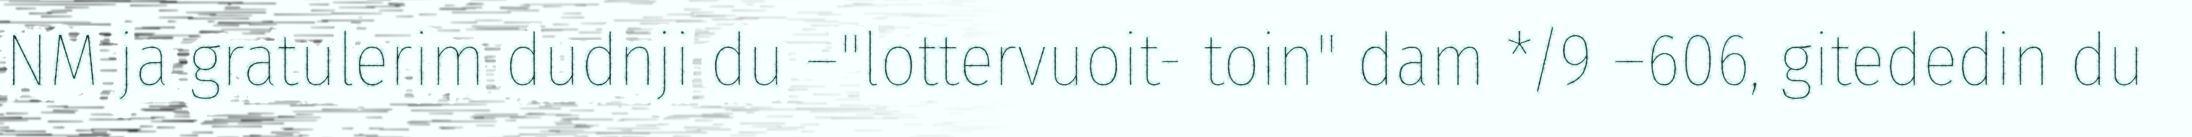
NM ja gratulerim dudnji du –"lottervuoit- toin" dam */9 –606, gitededin du